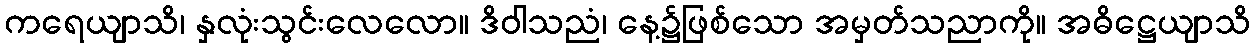
ကရေယျာသိ၊ နှလုံးသွင်းလေလော။ ဒိဝါသညံ၊ နေ့၌ဖြစ်သော အမှတ်သညာကို။ အဓိဋ္ဌေယျာသိ